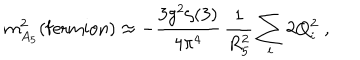
m _ { A _ { 5 } } ^ { 2 } ( \mathrm { f e r m i o n } ) \approx - \frac { 3 g ^ { 2 } \zeta ( 3 ) } { 4 \pi ^ { 4 } } \, \frac { 1 } { R _ { 5 } ^ { 2 } } \sum _ { i } 2 Q _ { i } ^ { 2 } \; ,